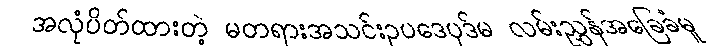
အလုံပိတ်ထားတဲ့ မတရားအသင်းဥပဒေပုဒ်မ လမ်းညွှန်အခြေခံမူ